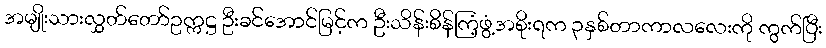
အမျိုးသားလွှတ်တော်ဥက္ကဋ္ဌ ဦးခင်အောင်မြင့်က ဦးသိန်းစိန်ကြံ့ဖွံ့အစိုးရက ၃နှစ်တာကာလလေးကို ကွက်ပြီး